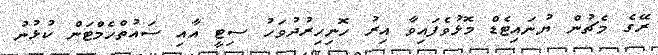
ރޭގެ މެޗުން ޔުނައިޓެޑް މޮޅުވެފައިވާ އިރު ހޮނިހިރުދުވަހު ސިޓީ އާއި ސައުތްހެމްޓަން ކުޅުނު